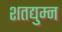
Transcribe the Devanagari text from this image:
शतद्युम्न